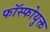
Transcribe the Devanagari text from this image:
फॉस्फोयुक्त